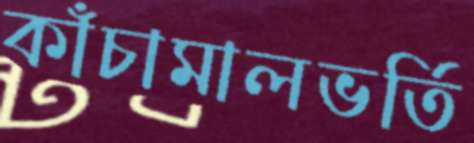
কাঁচামালভর্তি